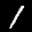
Label: 1